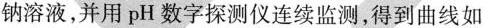
钠溶液，并用pH数字探测仪连续监测，得到曲线如